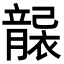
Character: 𥫄